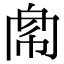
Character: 𢃁